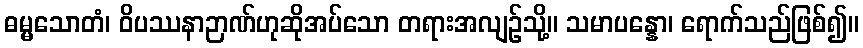
ဓမ္မသောတံ၊ ဝိပဿနာဉာဏ်ဟုဆိုအပ်သော တရားအလျဉ်သို့။ သမာပန္နော၊ ရောက်သည်ဖြစ်၍။